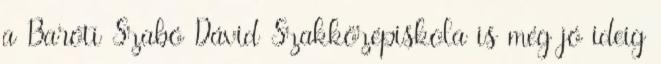
a Baróti Szabó Dávid Szakközépiskola is még jó ideig